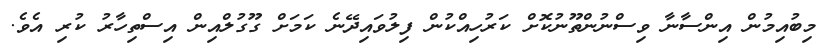
މިބުއިމުން އިންސާނާ ވިސްނުންތޫނުކޮށް ކަރުހިއްކުން ފިލުވައިދޭނެ ކަމަށް ގޫގުލްއިން އިސްތިހާރު ކުރި އެވެ.